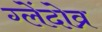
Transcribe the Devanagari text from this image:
ग्लेंदोव्र